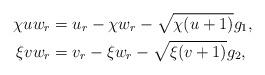
LaTeX: \begin{align*} \chi u w_{r} &= u_{r}-\chi w_{r} -\sqrt{\chi(u+1)}g_{1}, \\ \xi v w_{r} &= v_{r}-\xi w_{r}-\sqrt{\xi(v+1)}g_{2}, \end{align*}